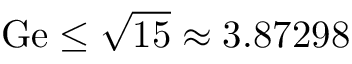
\mathrm { G e } \le \sqrt { 1 5 } \approx 3 . 8 7 2 9 8